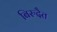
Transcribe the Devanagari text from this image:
बिरुदैत